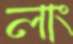
লাং